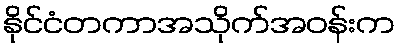
နိုင်ငံတကာအသိုက်အဝန်းက